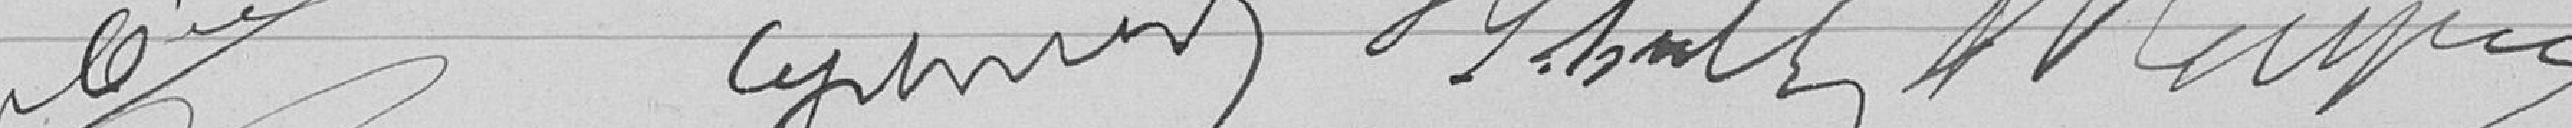
????               ?????          ????                ????